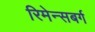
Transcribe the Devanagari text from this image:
रिमेन्सबर्ग